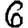
Digit: 6